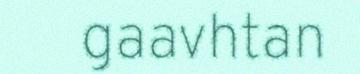
gaavhtan